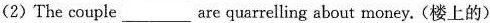
(2)The couple ___ are quarrelling about money. (楼上的)